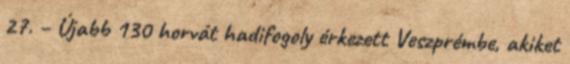
27. – Újabb 130 horvát hadifogoly érkezett Veszprémbe, akiket